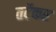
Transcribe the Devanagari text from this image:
तर्टेकर